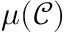
\mu ( \mathcal { C } )